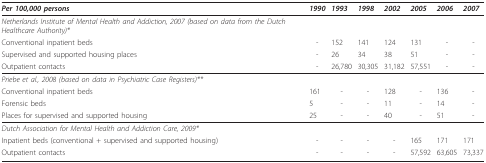
<table><thead><tr><td><b><i>Per 100,000 persons</i></b></td><td><b><i>1990</i></b></td><td><b><i>1993</i></b></td><td><b><i>1998</i></b></td><td><b><i>2002</i></b></td><td><b><i>2005</i></b></td><td><b><i>2006</i></b></td><td><b><i>2007</i></b></td></tr></thead><tbody><tr><td><i>Netherlands Institute of Mental Health and Addiction, 2007 (based on data from the Dutch Healthcare Authority)*</i></td><td></td><td></td><td></td><td></td><td></td><td></td><td></td></tr><tr><td>Conventional inpatient beds</td><td>-</td><td>152</td><td>141</td><td>124</td><td>131</td><td>-</td><td>-</td></tr><tr><td>Supervised and supported housing places</td><td>-</td><td>26</td><td>34</td><td>38</td><td>51</td><td>-</td><td>-</td></tr><tr><td>Outpatient contacts</td><td>-</td><td>26,780</td><td>30,305</td><td>31,182</td><td>57,551</td><td>-</td><td>-</td></tr><tr><td><i>Priebe et al., 2008 (based on data in Psychiatric Case Registers)**</i></td><td></td><td></td><td></td><td></td><td></td><td></td><td></td></tr><tr><td>Conventional inpatient beds</td><td>161</td><td>-</td><td>-</td><td>128</td><td>-</td><td>136</td><td>-</td></tr><tr><td>Forensic beds</td><td>5</td><td>-</td><td>-</td><td>11</td><td>-</td><td>14</td><td>-</td></tr><tr><td>Places for supervised and supported housing</td><td>25</td><td>-</td><td>-</td><td>40</td><td>-</td><td>51</td><td>-</td></tr><tr><td><i>Dutch Association for Mental Health and Addiction Care, 2009*</i></td><td></td><td></td><td></td><td></td><td></td><td></td><td></td></tr><tr><td>Inpatient beds (conventional + supervised and supported housing)</td><td>-</td><td>-</td><td>-</td><td>-</td><td>165</td><td>171</td><td>171</td></tr><tr><td>Outpatient contacts</td><td>-</td><td>-</td><td>-</td><td>-</td><td>57,592</td><td>63,605</td><td>73,337</td></tr></tbody></table>